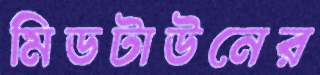
মিডটাউনের